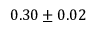
0 . 3 0 \pm 0 . 0 2